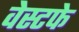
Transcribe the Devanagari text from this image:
वेस्टफे